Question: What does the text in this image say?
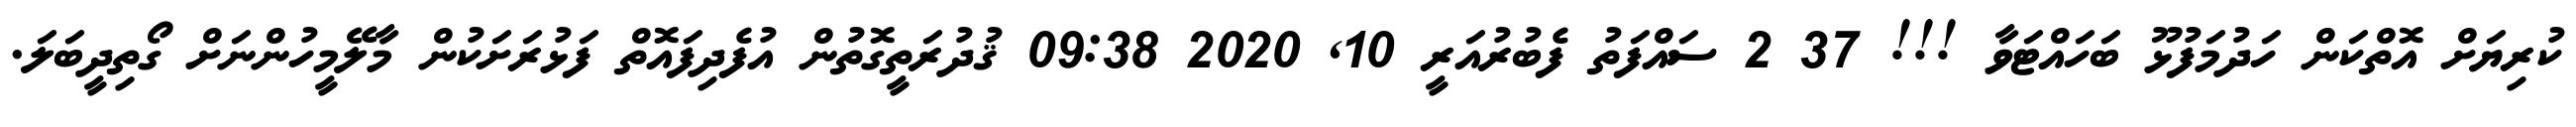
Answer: ކުރިޔަށް އޮތްކަން ހަދުމަފުޅޫ ބަހައްޓަވާ !!! 37 2 ސައްފަތު ފެބުރުއަރީ 10, 2020 09:38 ޤުދުރަތީގޮތުން އުފެދިފައޮތް ފަޅުރަށަކުން މާލޭމީހުންނަށް ގޯތިދީބަލަ.